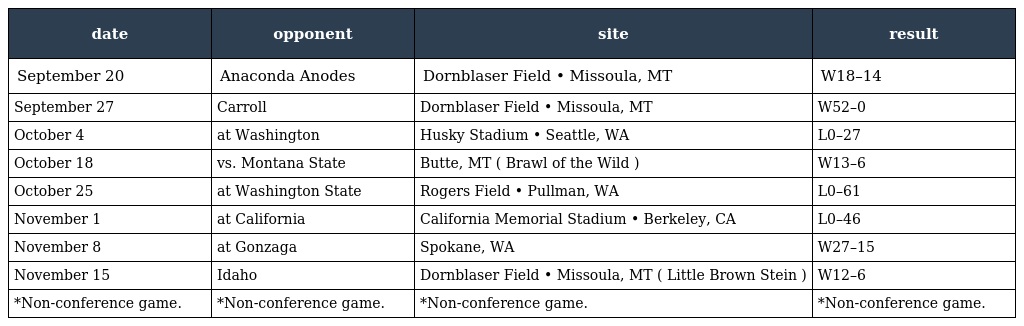
| date | opponent | site | result |
 | --- | --- | --- | --- |
 | September 20 | Anaconda Anodes | Dornblaser Field • Missoula, MT | W18–14 |
 | September 27 | Carroll | Dornblaser Field • Missoula, MT | W52–0 |
 | October 4 | at Washington | Husky Stadium • Seattle, WA | L0–27 |
 | October 18 | vs. Montana State | Butte, MT ( Brawl of the Wild ) | W13–6 |
 | October 25 | at Washington State | Rogers Field • Pullman, WA | L0–61 |
 | November 1 | at California | California Memorial Stadium • Berkeley, CA | L0–46 |
 | November 8 | at Gonzaga | Spokane, WA | W27–15 |
 | November 15 | Idaho | Dornblaser Field • Missoula, MT ( Little Brown Stein ) | W12–6 |
 | *Non-conference game. | *Non-conference game. | *Non-conference game. | *Non-conference game. |